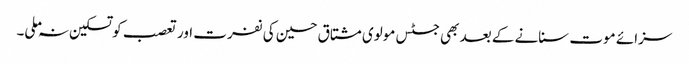
سزائے موت سنانے کے بعد بھی جسٹس مولوی مشتاق حسین کی نفرت اور تعصب کو تسکین نہ ملی۔